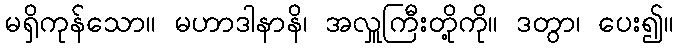
မရှိကုန်သော။ မဟာဒါနာနိ၊ အလှူကြီးတို့ကို။ ဒတွာ၊ ပေး၍။